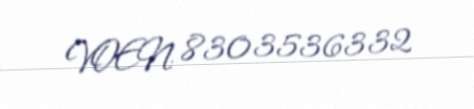
VOEN: 8303536332